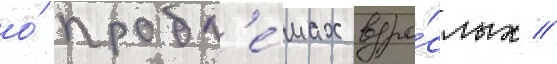
о́ пробл'е́мах взро́слых //